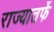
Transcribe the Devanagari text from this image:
राज्यातर्फे